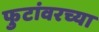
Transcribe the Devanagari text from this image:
फुटांवरच्या